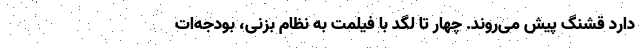
دارد قشنگ پیش می‌روند. چهار تا لگد با فیلمت به نظام بزنی، بودجه‌ات